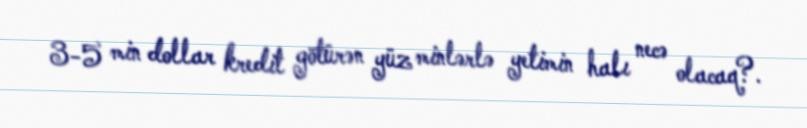
3-5 min dollar kredit götürən yüz minlərlə yetimin halı necə olacaq?.